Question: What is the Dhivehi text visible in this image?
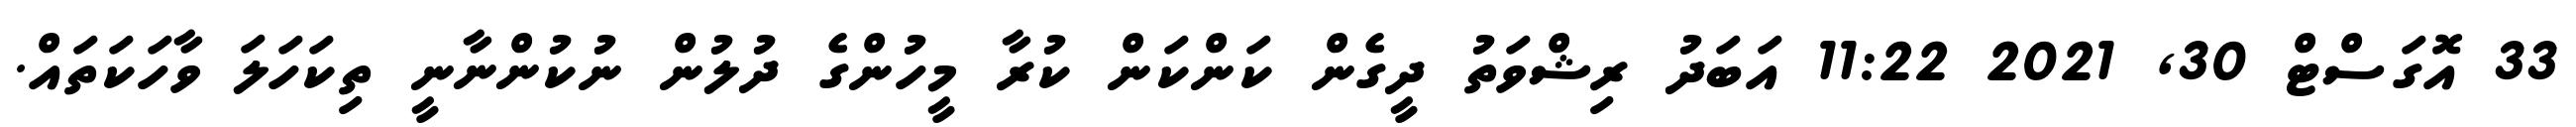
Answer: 33 އޮގަސްޓް 30, 2021 11:22 އަބަދު ރިޝްވަތު ދީގެން ކަންކަން ކުރާ މީހުންގެ ދުލުން ނުކުންނާނީ ތިކަހަލަ ވާހަކަތައް.